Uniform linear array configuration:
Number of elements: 4
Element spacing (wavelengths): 0.25
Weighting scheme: exponential
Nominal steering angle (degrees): -30
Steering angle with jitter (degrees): -30.82
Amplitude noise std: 0.05
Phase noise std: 0.05

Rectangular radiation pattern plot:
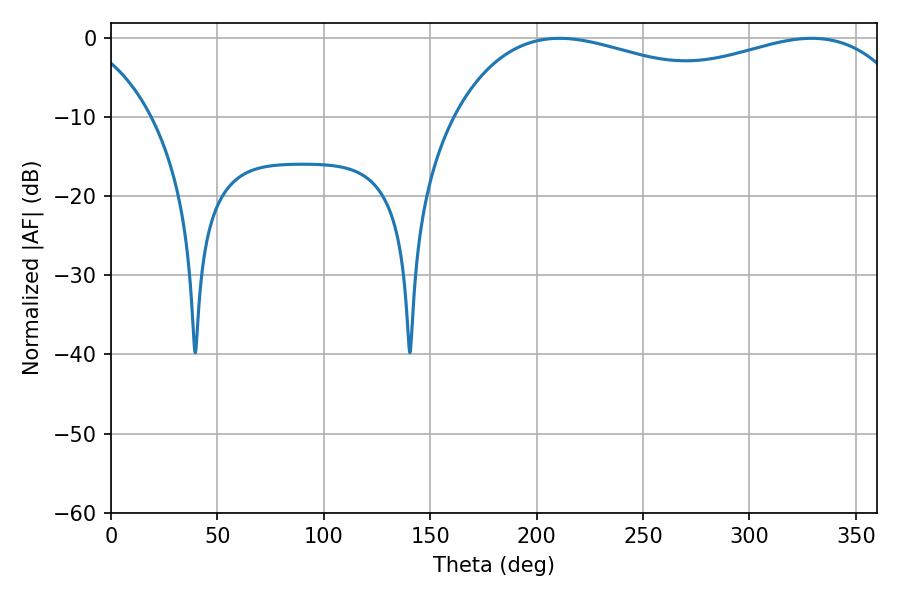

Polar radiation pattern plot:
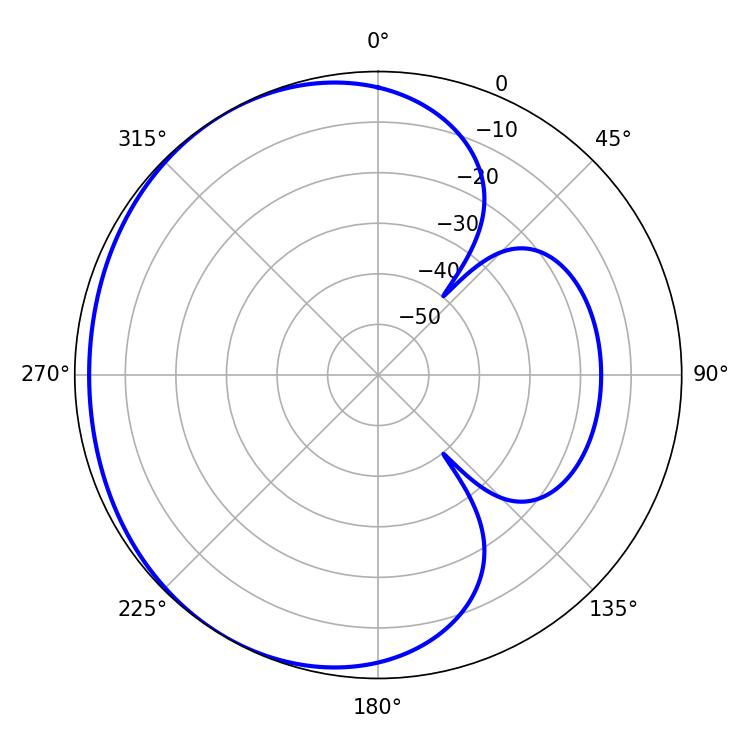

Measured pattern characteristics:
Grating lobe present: FALSE
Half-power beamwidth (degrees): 178.56
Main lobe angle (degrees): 210.78